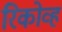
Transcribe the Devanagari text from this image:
रिकोव्ह